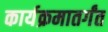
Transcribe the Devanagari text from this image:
कार्यक्रमातर्गंत